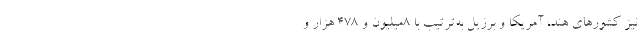
نیز کشورهای هند، آمریکا و برزیل به‌‌ترتیب با 8میلیون و 478 هزار و